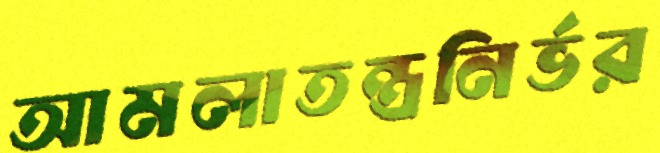
আমলাতন্ত্রনির্ভর